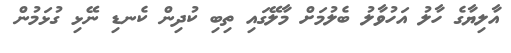
އާލިޔާގެ ހާލު އަހުވާލު ބެލުމަށް މާލޭގައި ތިބި ކުދިން ކެނޑި ނޭޅި ގުޅަމުން